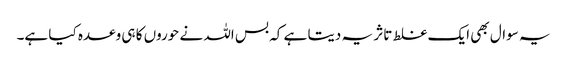
یہ سوال بھی ایک غلط تاثر یہ دیتا ہے کہ بس اللہ نے حوروں کا ہی وعدہ کیا ہے۔